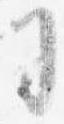
司